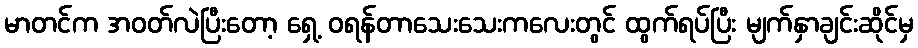
မာတင်က အဝတ်လဲပြီးတော့ ရှေ့ ဝရန်တာသေးသေးကလေးတွင် ထွက်ရပ်ပြီး မျက်နှာချင်းဆိုင်မှ